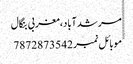
مرشدآباد،مغربی بنگال
ََََََََََََََََََََََََموبائل نمبر 7872873542